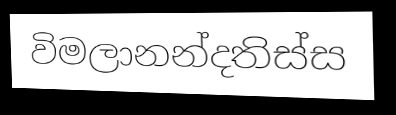
විමලානන්දතිස්ස